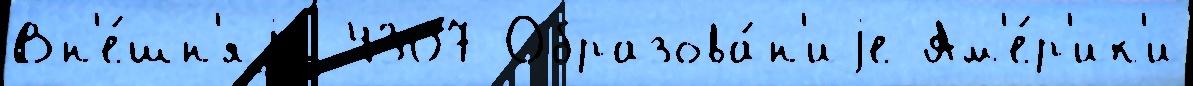
Вн'е́шн'яjа 4307 Образова́н'иjе Ам'е́р'ик'и